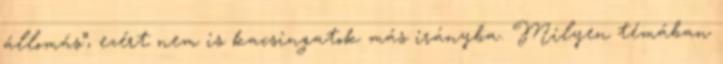
állomás”, ezért nem is kacsingatok más irányba. Milyen témában